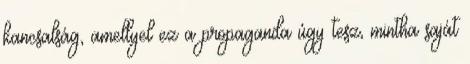
kancsalság, amellyel ez a propaganda úgy tesz, mintha saját